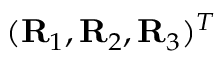
( { \bf R } _ { 1 } , { \bf R } _ { 2 } , { \bf R } _ { 3 } ) ^ { T }